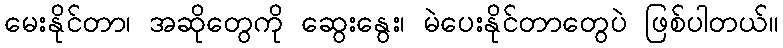
မေးနိုင်တာ၊ အဆိုတွေကို ဆွေးနွေး၊ မဲပေးနိုင်တာတွေပဲ ဖြစ်ပါတယ်။